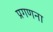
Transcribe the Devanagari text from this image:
प्रगणना